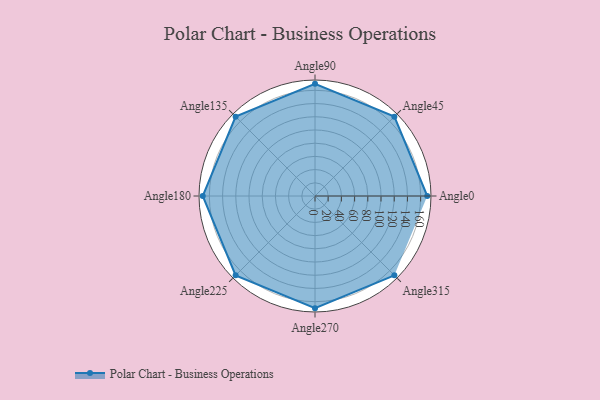
{"axis": {"x": "Angle", "y": "Radius"}, "legend": [""], "data": [{"x": "Angle0", "y": 170.0, "type": ""}, {"x": "Angle45", "y": 170, "type": ""}, {"x": "Angle90", "y": 170, "type": ""}, {"x": "Angle135", "y": 170, "type": ""}, {"x": "Angle180", "y": 170, "type": ""}, {"x": "Angle225", "y": 170, "type": ""}, {"x": "Angle270", "y": 170, "type": ""}, {"x": "Angle315", "y": 170, "type": ""}]}